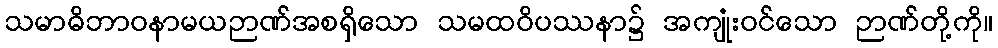
သမာဓိဘာဝနာမယဉာဏ်အစရှိသော သမထဝိပဿနာ၌ အကျုံးဝင်သော ဉာဏ်တို့ကို။